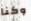
وكنا